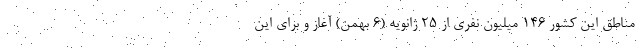
مناطق این کشور ۱۴۶ میلیون نفری از ۲۵ ژانویه (۶ بهمن) آغاز و برای این